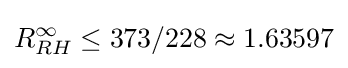
R_{RH}^{\infty }\leq 373/228\approx 1.63597